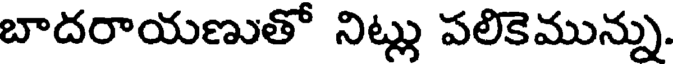
బాదరాయణుతో నిట్లు పలికెమున్ను.